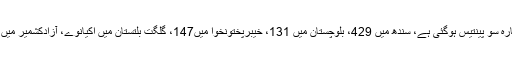
خیال رہے ملک بھر میں کرونا کے کیسز کی تعداد بارہ سو پینتیس ہوگئی ہے، سندھ میں 429، بلوچستان میں 131، خیبرپختونخوا میں147، گلگت بلتستان میں اکیانوے، آزادکشمیر میں دو ہوگئی جبکہ متاثرہ 23 مریض صحت یاب ہوئے۔